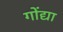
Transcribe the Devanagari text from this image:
गोंद्या